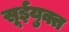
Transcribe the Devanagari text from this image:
सूईयुक्त